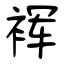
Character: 裈